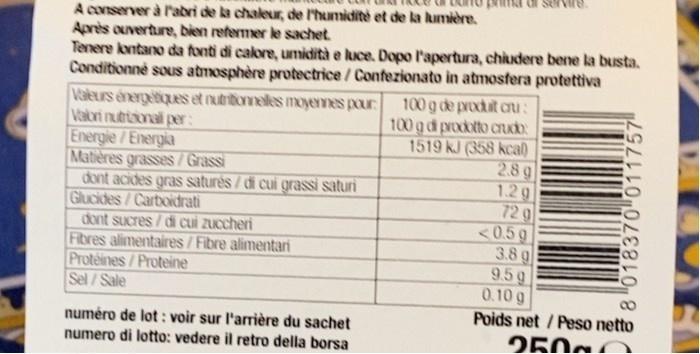
A conserver à Pabri de ka chaleur, de l'humidite et de la kumière. Après ouverture, bien refermer le sachet. Tenere kontano da fonti di calore, umidità e luce. Dopo l'apertura, chiudere bene la busta. Conditionné sous atmosphère protectrice/Confezionato in atmosfera protettiva
Valeurs énergetiques et nutritionnelles moyennes pour Valori nutriional per: Energie/Energia Matères grasses/Grassi dont acides gras saturés / di cui grassi saturi Glucides/Carboidrati dont sucres / di cui zuccheri Fibres alimentaires/Fibre alimentari Proteines/Proteine Sel/Sale
100 g de procuit cru: 100 g di procoto crKO: 1519 KJ (358 kcal) 28g 1.2g 72 g <0.5g 3.8g 9.5g 0.10 g
Poids net /Peso netto
numéro de lot : voir sur l'arrière du sachet
250
numero di lotto: vedere il retro della borsa
8 018370 011757